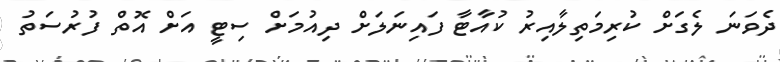
ދެވަނަ ލެގަށް ކުރިމަތިލާއިރު ކުއާޓާ ފައިނަލަށް ދިއުމަށް ސިޓީ އަށް އޮތް ފުރުސަތު